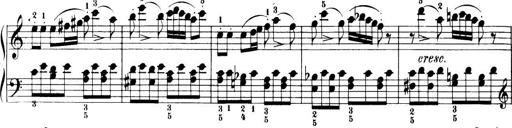
Title: 32 Sonatinas and Rondos for the Piano
Composer: Richard Kleinmichel